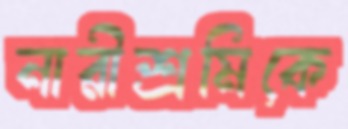
নারীশ্রমিকে